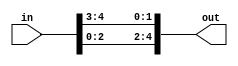
module lshift2(
input wire [4:0] in,
output wire [4:0] out
);

assign out = {in[2:0],in[4:3]};

endmodule